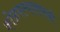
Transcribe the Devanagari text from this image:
कोळपल्यासारखी